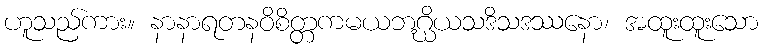
ဟူသည်ကား။ နာနာရတနဝိစိတ္တကမယဘဂ္ဃိယသဒိသဒဿနော၊ အထူးထူးသော